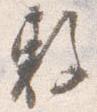
敷